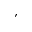
^ \prime